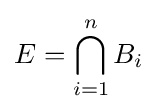
E=\bigcap _{i=1}^{n}B_{i}